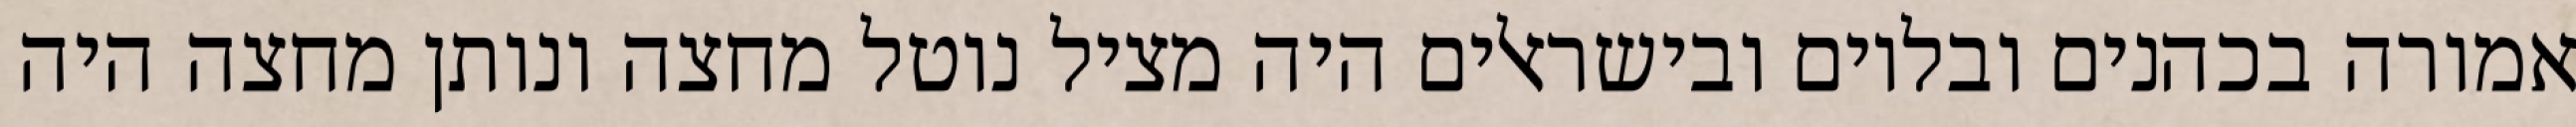
אמורה בכהנים ובלוים ובישראלים היה מציל נוטל מחצה ונותן מחצה היה